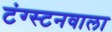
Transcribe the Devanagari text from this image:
टंग्स्टनवाला